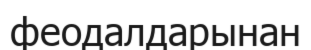
феодалдарынан